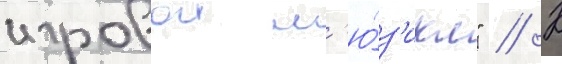
игровои м'ю́з'икл" // К